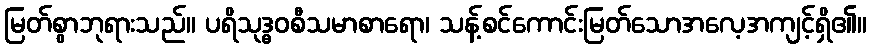
မြတ်စွာဘုရားသည်။ ပရိသုဒ္ဓဝစီသမာစာရော၊ သန့်စင်ကောင်းမြတ်သောအလေ့အကျင့်ရှိ၏။